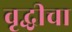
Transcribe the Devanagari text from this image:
वृद्धीचा